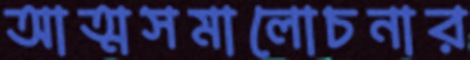
আত্মসমালোচনার